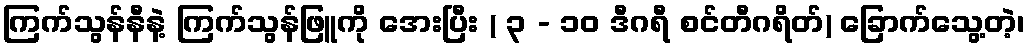
ကြက်သွန်နီနဲ့ ကြက်သွန်ဖြူကို အေးပြီး ( ၃ - ၁၀ ဒီဂရီ စင်တီဂရိတ်) ခြောက်သွေ့တဲ့၊